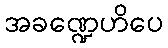
အခဏ္ဍေဟိပေ